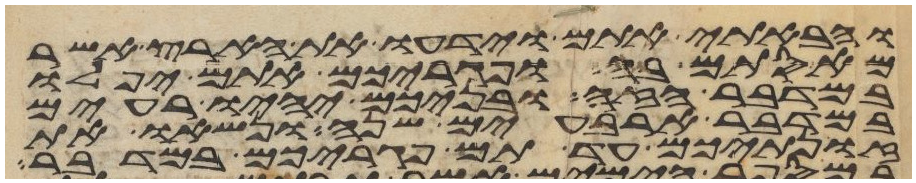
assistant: והבאתי אתם וידעו את הארץ אשר
מאסתם בה ופגריכם אתם יפלו
במדבר הזה ובניכם יהיו רעים
במדבר ארבעים שנה ונשאו את
זונתיכם עד תם פגריכם במדבר